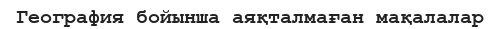
География бойынша аяқталмаған мақалалар